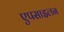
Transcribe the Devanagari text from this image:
एपसाइलन